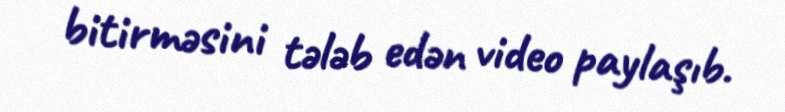
bitirməsini tələb edən video paylaşıb.